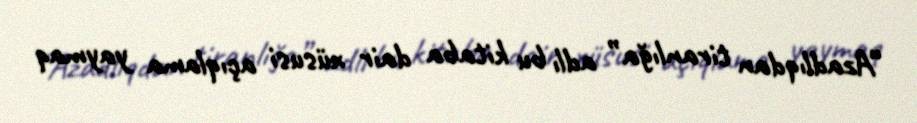
“Azadlıqdan tiranlığa” adlı bu kitaba dair xüsusi açıqlama yaymaq